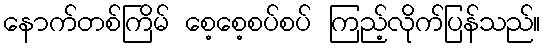
နောက်တစ်ကြိမ် စေ့စေ့စပ်စပ် ကြည့်လိုက်ပြန်သည်။